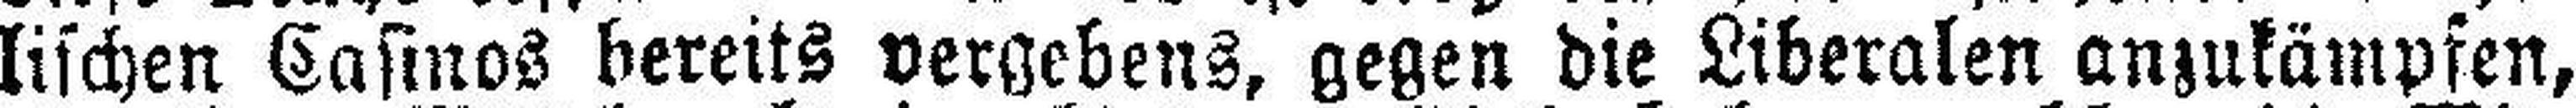
lischen Casinos bereits vergebens, gegen die Liberalen anzukämpfen,